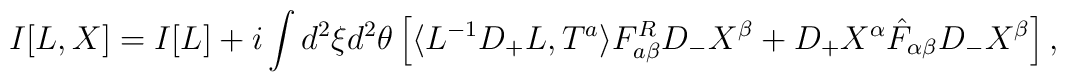
I[L,X]=I[L]+i\int d^{2}\xi d^{2}\theta\left[\langle L^{-1}D_{+}L,T^{a}\rangle F^{R}_{a\beta}D_{-}X^{\beta}+D_{+}X^{\alpha}\hat{F}_{\alpha\beta}D_{-}X^{\beta}\right],